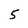
Character: 5